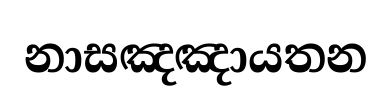
නාසඤඤායතන